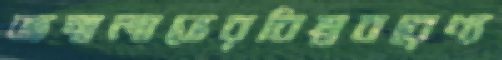
জন্মলাভেরবিশ্ববরেণ্য